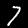
Label: 7